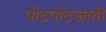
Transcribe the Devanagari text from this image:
पोटपोटजाती